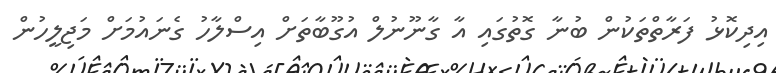
އިދިކޮޅު ފަރާތްތަކުން ބުނާ ގޮތުގައި އާ ގާނޫނުލް އުގޫބާތަށް އިސްލާހު ގެނައުމަށް މަޖިލީހުން